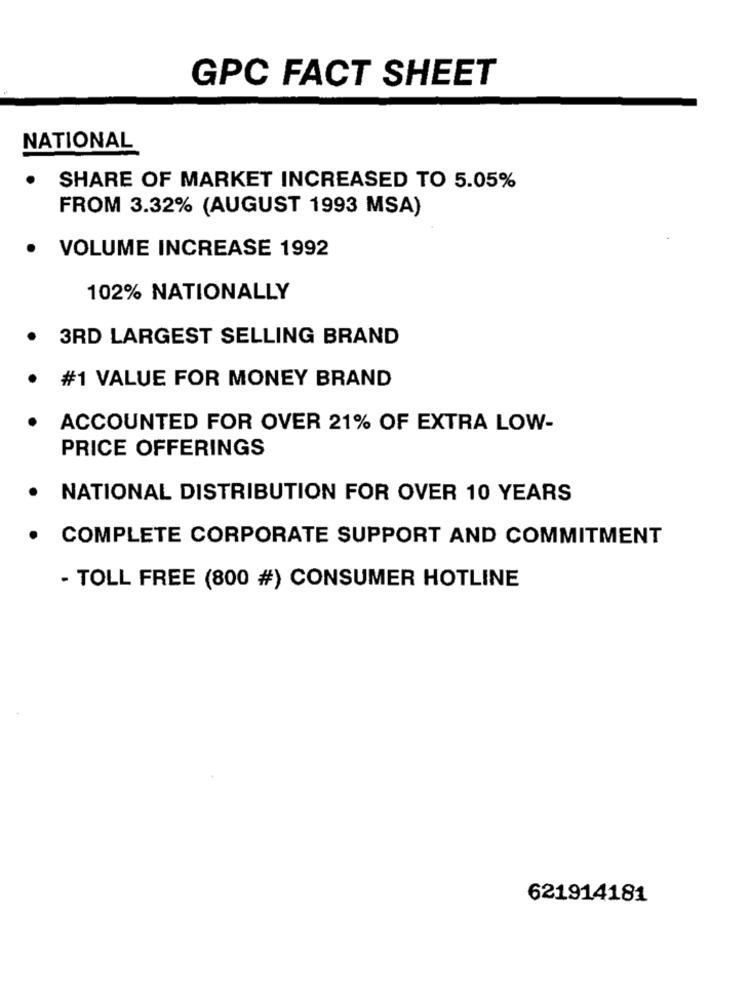
GPC FACT SHEET
NATIONAL
SHARE OF MARKET INCREASED TO 5.05%
FROM 3.32% (AUGUST 1993 MSA)
· VOLUME INCREASE 1992
102% NATIONALLY
3RD LARGEST SELLING BRAND
· #1 VALUE FOR MONEY BRAND
ACCOUNTED FOR OVER 21% OF EXTRA LOW-
PRICE OFFERINGS
.
NATIONAL DISTRIBUTION FOR OVER 10 YEARS
.
COMPLETE CORPORATE SUPPORT AND COMMITMENT
- TOLL FREE (800 #) CONSUMER HOTLINE
621914181